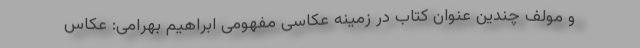
و مولف چندین عنوان کتاب در زمینه عکاسی مفهومی ابراهیم بهرامی: عکاس